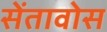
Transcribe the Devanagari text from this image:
सेंतावोस